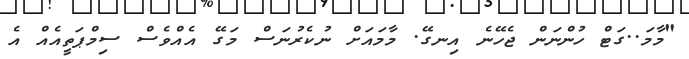
"މާމަ..ގަޓް ހުންނަން ޖެހޭނެ އިނގޭ. މާމައަށް ނުކެރުނަސް މަގޭ އެއްވެސް ސިމްޕަތީއެއް އެ